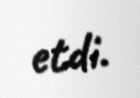
etdi.